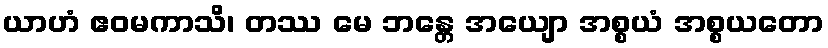
ယာဟံ ဧဝမကာသိ၊ တဿ မေ ဘန္တေ အယျော အစ္စယံ အစ္စယတော